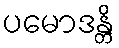
ပမောဒန္တိ